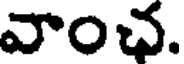
వాంఛ.